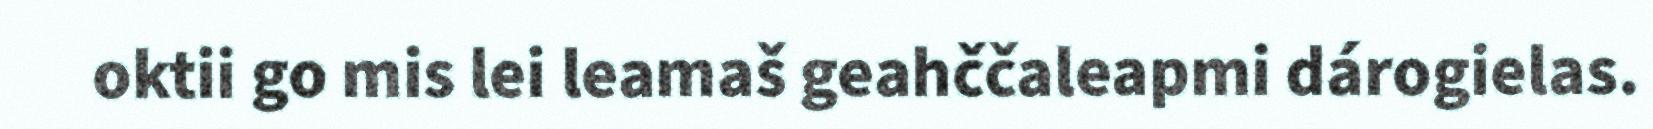
oktii go mis lei leamaš geahččaleapmi dárogielas.